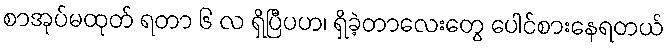
စာအုပ်မထုတ် ရတာ ၆ လ ရှိပြီပဟ၊ ရှိခဲ့တာလေးတွေ ပေါင်စားနေရတယ်